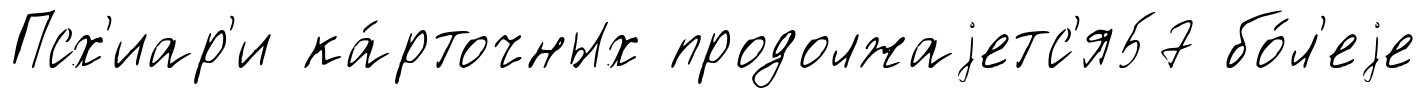
Псх'иар'и ка́рточных продолжаjетс'я57 бо́л'еjе